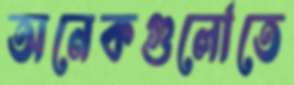
অনেকগুলোতে